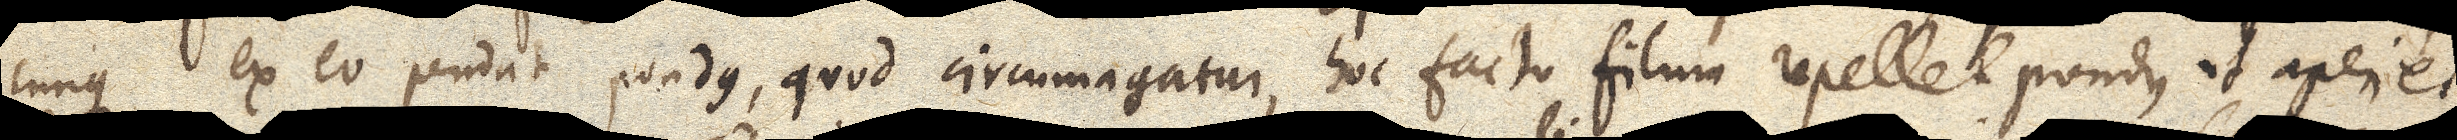
cunque ex eo pendat pondus, quod circumagatur, hoc facto filum repellet pondus et aperiet